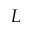
L